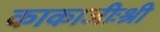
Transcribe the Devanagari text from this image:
काकाजीःश्री